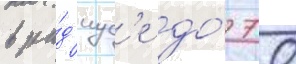
в ра́д'иус'е до́ 70